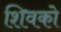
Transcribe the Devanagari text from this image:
शिवको